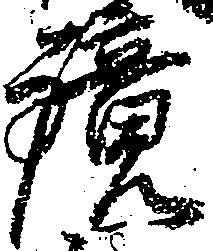
鏡